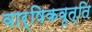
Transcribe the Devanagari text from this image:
वार्षिकवृत्ति